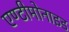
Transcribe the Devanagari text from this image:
एण्टीमोनाइड